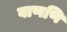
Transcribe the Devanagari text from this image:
वाणणि